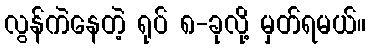
လွန်ကဲနေတဲ့ ရုပ် ၈-ခုလို့ မှတ်ရမယ်။